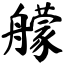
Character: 艨